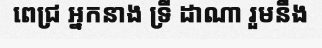
ពេជ្រ អ្នកនាង ទ្រី ដាណា រួមនឹង